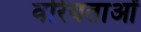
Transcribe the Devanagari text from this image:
वरियताओं